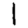
Digit: 1